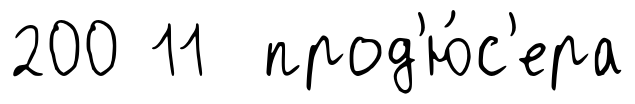
200 11 прод'ю́с'ера